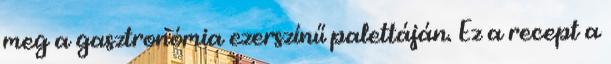
meg a gasztronómia ezerszínű palettáján. Ez a recept a